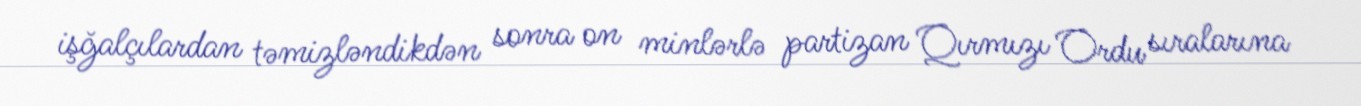
işğalçılardan təmizləndikdən sonra on minlərlə partizan Qırmızı Ordu sıralarına